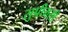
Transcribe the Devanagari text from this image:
सुप्रीमसी